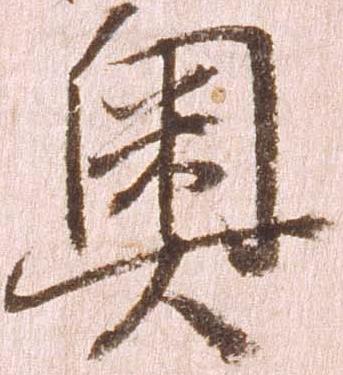
奥